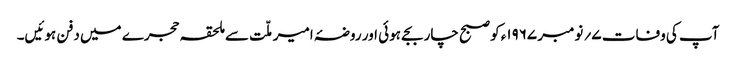
آپ کی وفات ۷؍ نومبر ۱۹۶۷ء کو صبح چار بجے ہوئی اور روضۂ امیر ملّت سے ملحقہ حجرے میں دفن ہوئیں۔